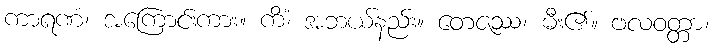
ကာရဏံ၊ အကြောင်းကား။ ကိံ၊ အဘယ်နည်း။ တေဇဿ၊ မီး၏။ ဗလဝတ္တာ၊